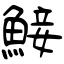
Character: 鯜